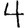
Digit: 4